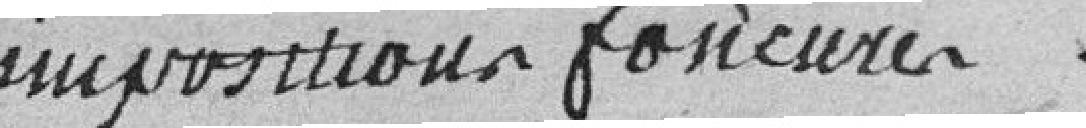
impositions foncières